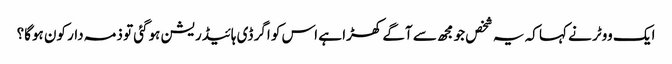
ایک ووٹر نے کہا کہ یہ شخص جو مجھ سے آگے کھڑا ہے اس کو اگر ڈی ہائیڈریشن ہوگئی تو ذمہ دار کون ہوگا؟